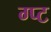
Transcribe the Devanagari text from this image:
ग्प्ट